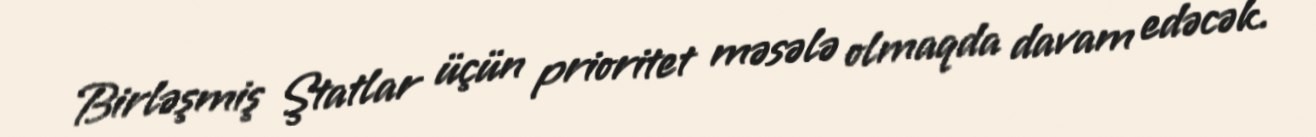
Birləşmiş Ştatlar üçün prioritet məsələ olmaqda davam edəcək.